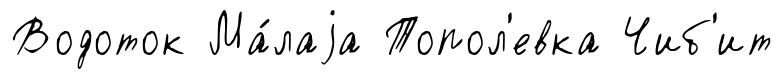
Водоток Ма́лаjа Топол'евка Чиб'ит